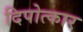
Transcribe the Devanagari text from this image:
दिपोत्कार